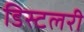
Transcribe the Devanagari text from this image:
डिस्टलरी